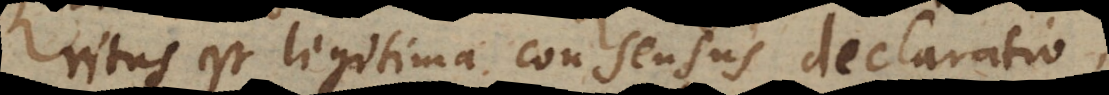
ritus est legitima consensus declaratio,